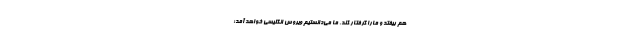
هم بیفتد و مارا گرفتار کند. ما می‌دانستیم ویروس انگلیسی خواهد آمد؛